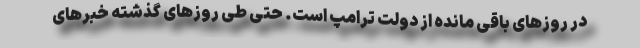
در روزهای باقی مانده از دولت ترامپ است. حتی طی روزهای گذشته خبرهای